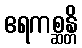
ဧရကစ္ဆန္တိ